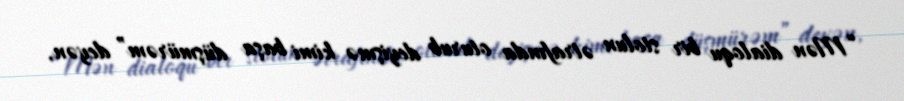
“Mən dialoqu bir stolun ətrafında oturub deyişmə kimi başa düşmürəm” deyən,